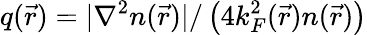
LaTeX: q(\vec{r})={|\nabla^{2}n(\vec{r})|}/\left(4k_{F}^{2}(\vec{r})n(\vec{r})\right)